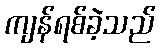
ကျန်ရစ်ခဲ့သည်